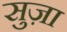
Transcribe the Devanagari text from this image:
सुज़ा